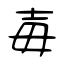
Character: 毐